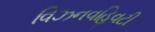
વિઝનવહિવટી